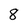
Character: 8